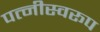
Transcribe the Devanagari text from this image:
पत्नीस्वरूप